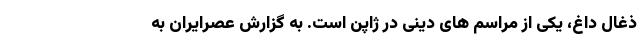
ذغال داغ، یکی از مراسم های دینی در ژاپن است. به گزارش عصرایران به